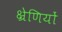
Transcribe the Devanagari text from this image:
क्ष्रेणियों